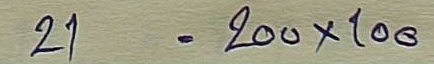
21 = 200x100